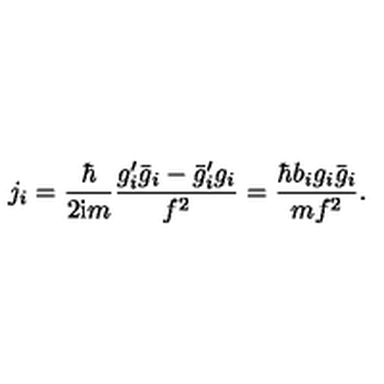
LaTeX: j _ { i } = \frac { \hbar } { 2 \mathrm { i } m } \frac { g _ { i } ^ { \prime } \bar { g } _ { i } - \bar { g } _ { i } ^ { \prime } g _ { i } } { f ^ { 2 } } = \frac { \hbar b _ { i } g _ { i } \bar { g } _ { i } } { m f ^ { 2 } } .